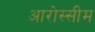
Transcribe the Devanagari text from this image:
आरोस्सीम